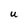
Character: U